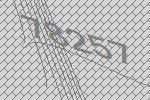
78257